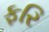
ફરિ